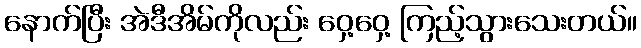
နောက်ပြီး အဲဒီအိမ်ကိုလည်း ဝှေ့ဝှေ့ ကြည့်သွားသေးတယ်။